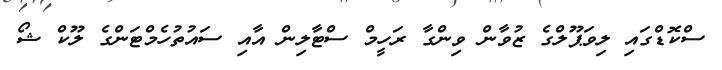
ސްކޮޑްގައި ލިވަޕޫލްގެ ޒުވާން ވިންގާ ރަހީމް ސްޓާލިން އާއި ސައުތުހެމްޓަންގެ ލޫކް ޝޯ